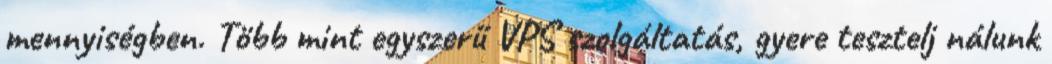
mennyiségben. Több mint egyszerű VPS szolgáltatás, gyere tesztelj nálunk